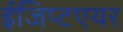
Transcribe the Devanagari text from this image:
ईजिप्टएयर